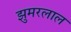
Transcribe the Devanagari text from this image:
झुमरलाल